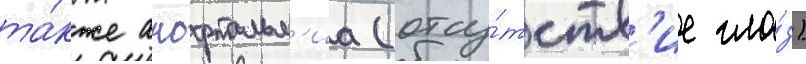
та́кже анофтальм'иа (отсу́тств'ие гла́з)